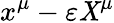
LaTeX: x^{\mu}-\varepsilon\mathit{X}^{\mu}